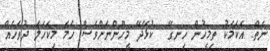
ނެތް. އެކަމަކު ތިމީހުން ހިނގޭ  ކުޅޭދޭ މީހޫންނަށްވެސް ހަމަ މިކަހަލަ ދުވަހެއް